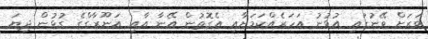
ވަރަށް ވޭނުގައި އުޅުނު އަހަރެއްކަމަށާއި އެގޮތުން އޭނާ އާއި އަނޫރާގްގެ ގުޅުން ދިޔަ